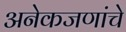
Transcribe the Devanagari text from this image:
अनेकजणांचे